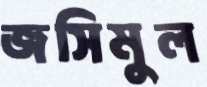
জসিমুল